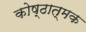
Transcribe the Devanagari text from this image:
कोष्ठात्मक